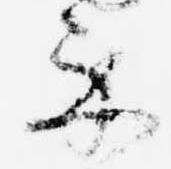
示